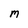
Character: M